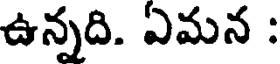
ఉన్నది. ఏమన :